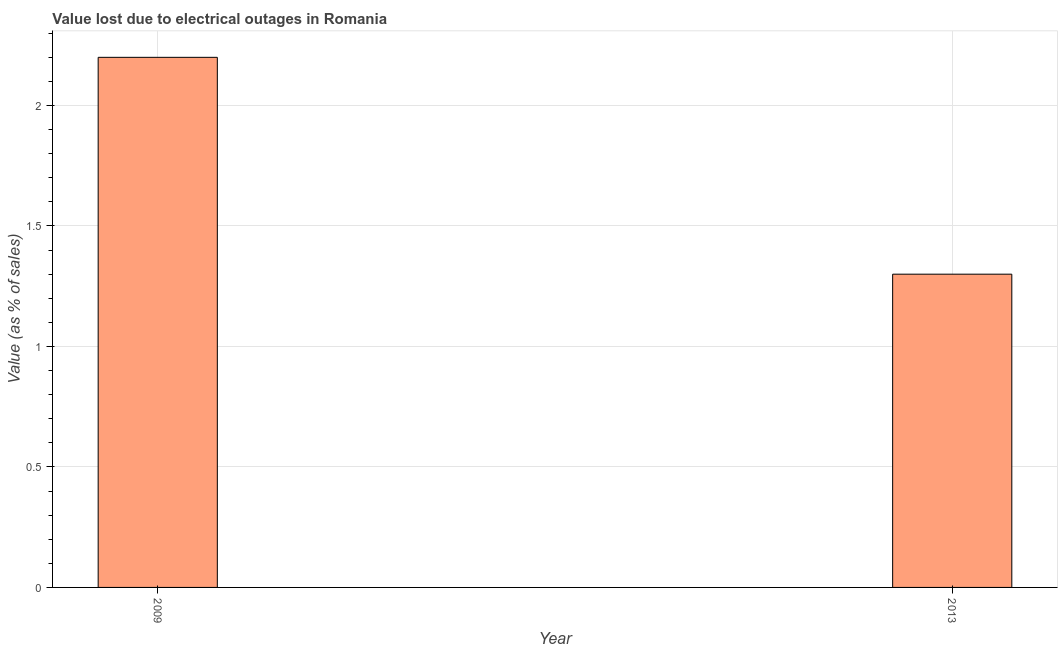
| Year | Value lost due to electrical outages |
 | --- | --- |
 | 2009 | 2.2 |
 | 2013 | 1.3 |